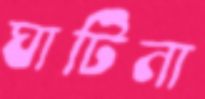
ঘাটিনা